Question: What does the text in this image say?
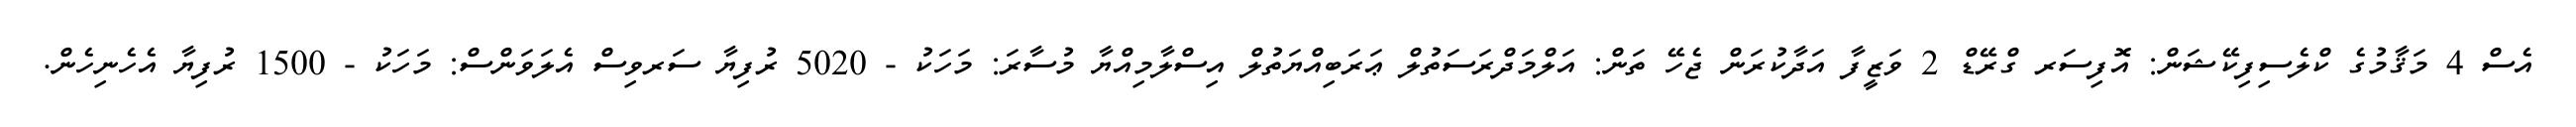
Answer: އެސް 4 މަޤާމުގެ ކްލެސިފިކޭޝަން: އޮފިސަރ ގްރޭޑް 2 ވަޒީފާ އަދާކުރަން ޖެހޭ ތަން: އަލްމަދްރަސަތުލް ޢަރަބިއްޔަތުލް އިސްލާމިއްޔާ މުސާރަ: މަހަކު - 5020 ރުފިޔާ ސަރވިސް އެލަވަންސް: މަހަކު - 1500 ރުފިޔާ އެހެނިހެން.